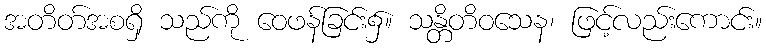
အတိတ်အစရှိ သည်ကို ဝေဖန်ခြင်း၌။ သန္တိတိဝသေန၊ ဖြင့်လည်းကောင်း။